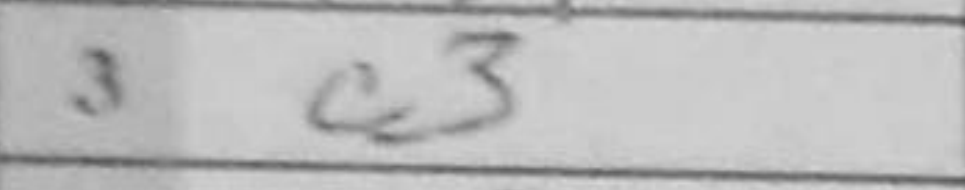
Transcription: c3